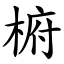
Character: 椨